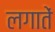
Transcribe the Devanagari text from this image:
लगातें